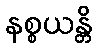
နစ္စယန္တိ